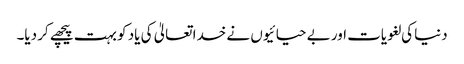
دنیا کی لغویات اور بے حیائیوں نے خدا تعالیٰ کی یاد کو بہت پیچھے کر دیا۔